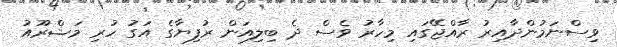
ވިސްނަމުންދާއިރު ރާއްޖޭގައި މިހާރު ވެސް ދެ ބިލިއަން ރުފިޔާގެ އަގު ހުރި މަޝްރޫއު